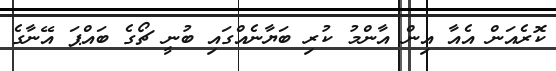
ކޮރެއަން އެއާ އިން އާންމު ކުރި ބަޔާނެއްގައި ބުނީ ޗޯގެ ބައްޕަ އޭނާގެ